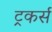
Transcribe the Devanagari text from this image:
ट्रकर्स